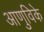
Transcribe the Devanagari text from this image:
आणुविके